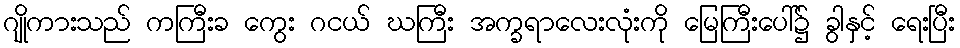
ဂျိုကားသည် ကကြီးခ ကွေး ဂငယ် ဃကြီး အက္ခရာလေးလုံးကို မြေကြီးပေါ်၌ ခွါနှင့် ရေးပြီး